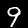
Digit: 9